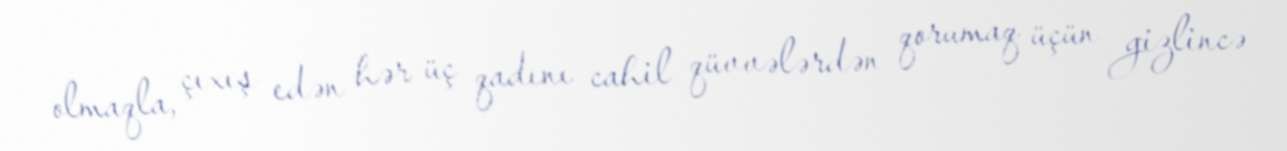
olmaqla, çıxış edən hər üç qadını cahil qüvvələrdən qorumaq üçün gizlincə